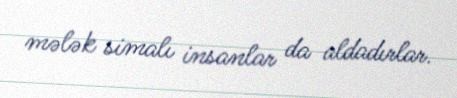
mələk simalı insanlar da aldadırlar.